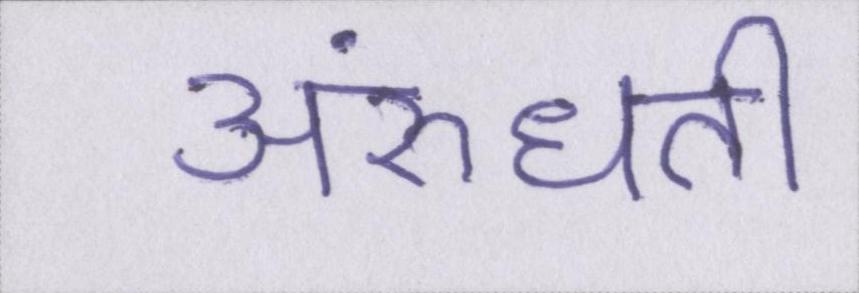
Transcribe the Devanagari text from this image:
अरुंधती